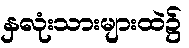
နှလုံးသားများထဲ၌